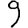
Digit: 9